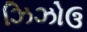
ઝિઝોઉ